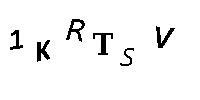
1KRTSV